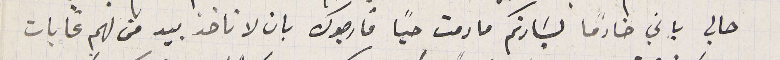
حالي باني خادماً لسَيادتكم مادمت حيًا فارجوك بان لا تاخذ بيد من لهم غايات